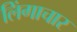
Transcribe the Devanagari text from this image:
लिंगाचार